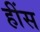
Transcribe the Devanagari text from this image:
हींस